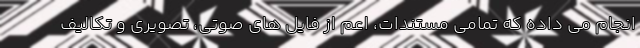
انجام می داده که تمامی مستندات، اعم از فایل های صوتی، تصویری و تکالیف